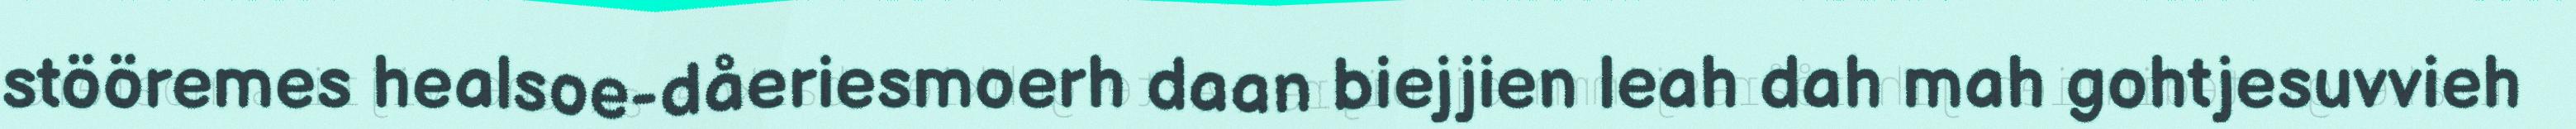
stööremes healsoe-dåeriesmoerh daan biejjien leah dah mah gohtjesuvvieh